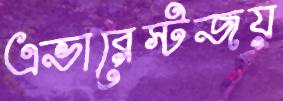
এভারেস্টজয়